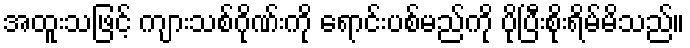
အထူးသဖြင့် ကျားသစ်ဂိုဏ်းကို ရောင်းပစ်မည်ကို ပိုပြီးစိုးရိမ်မိသည်။